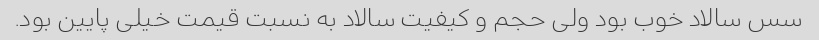
سس سالاد خوب بود ولی حجم و کیفیت سالاد به نسبت قیمت خیلی پایین بود.